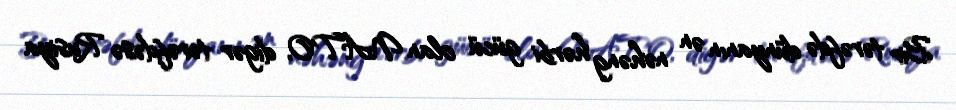
Bir tərəfdə dünyanın ən nəhəng hərbi gücü olan NATO, digər tərəfdəsə Rusiya